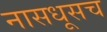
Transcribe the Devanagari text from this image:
नासधूसच